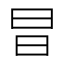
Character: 𭥗